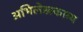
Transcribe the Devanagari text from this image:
अभिलेखकाव्य